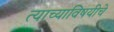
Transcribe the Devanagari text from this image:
त्याच्याविषयीचे